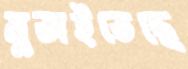
মুতাইতেছে